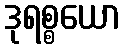
ဒုရစ္စယော